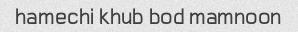
hamechi khub bod mamnoon